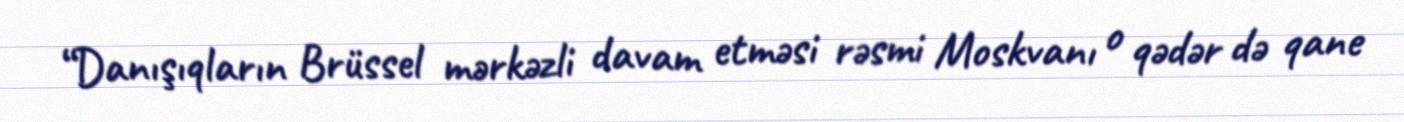
“Danışıqların Brüssel mərkəzli davam etməsi rəsmi Moskvanı o qədər də qane